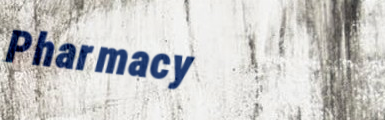
Pharmacy